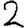
Digit: 2